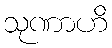
သုဏာဟိ